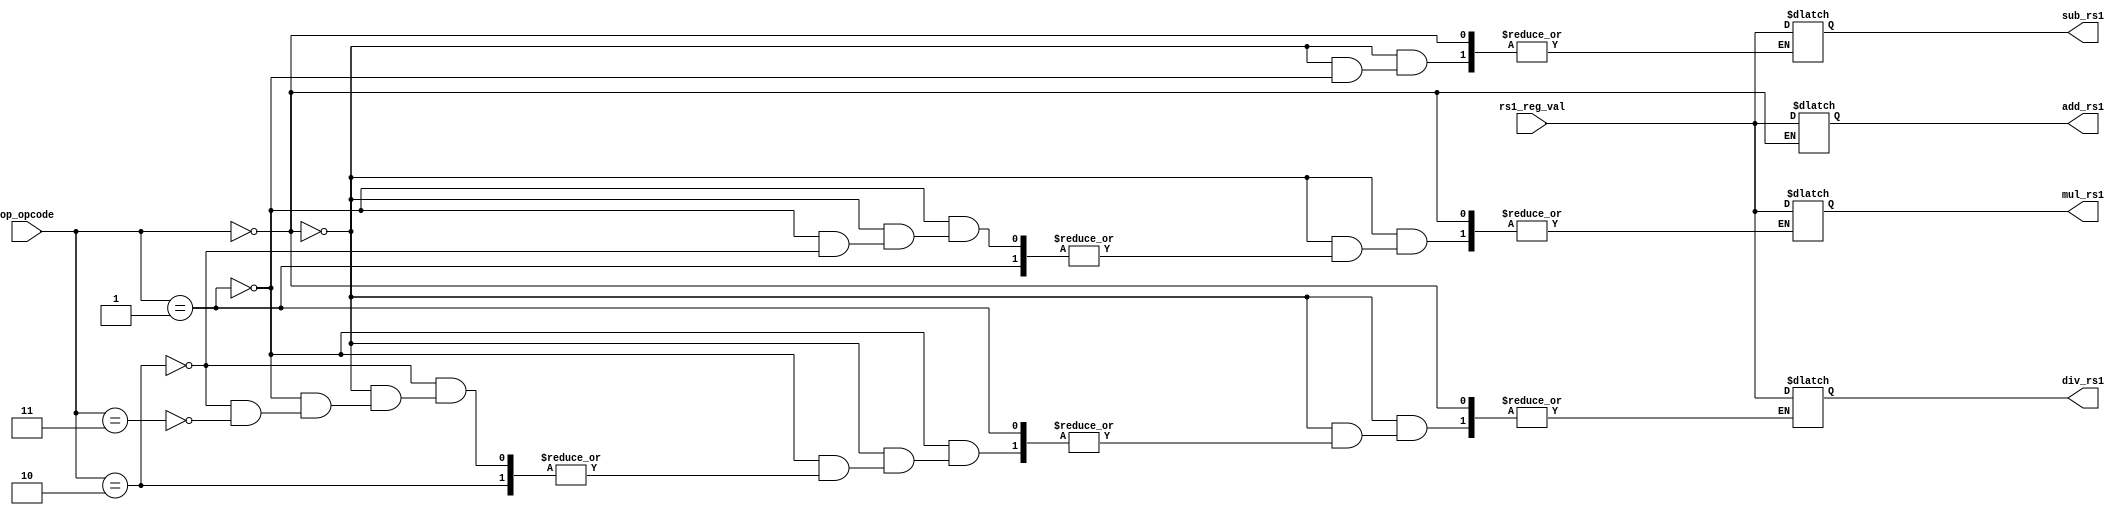
module rs1_demux_1x4(op_opcode,rs1_reg_val,add_rs1,sub_rs1,mul_rs1,div_rs1);
  input [1:0]op_opcode;
  input [15:0]rs1_reg_val;
  output reg [15:0]add_rs1,sub_rs1,mul_rs1,div_rs1;
  
  always@(*)begin
    if(op_opcode==0)
    add_rs1 = rs1_reg_val;
    else if(op_opcode==1)
    sub_rs1 = rs1_reg_val;
    else if(op_opcode==2)
    mul_rs1 = rs1_reg_val;
    else if(op_opcode==3)
    div_rs1 = rs1_reg_val;
  end
  
  
endmodule